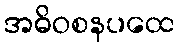
အဓိဝစနပထေ